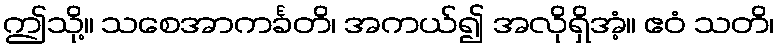
ဤသို့။ သစေအာကင်္ခတိ၊ အကယ်၍ အလိုရှိအံ့။ ဧဝံ သတိ၊